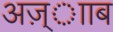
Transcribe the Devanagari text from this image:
अज़्ााब